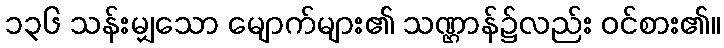
၁၃၆ သန်းမျှသော မျောက်များ၏ သဏ္ဌာန်၌လည်း ဝင်စား၏။